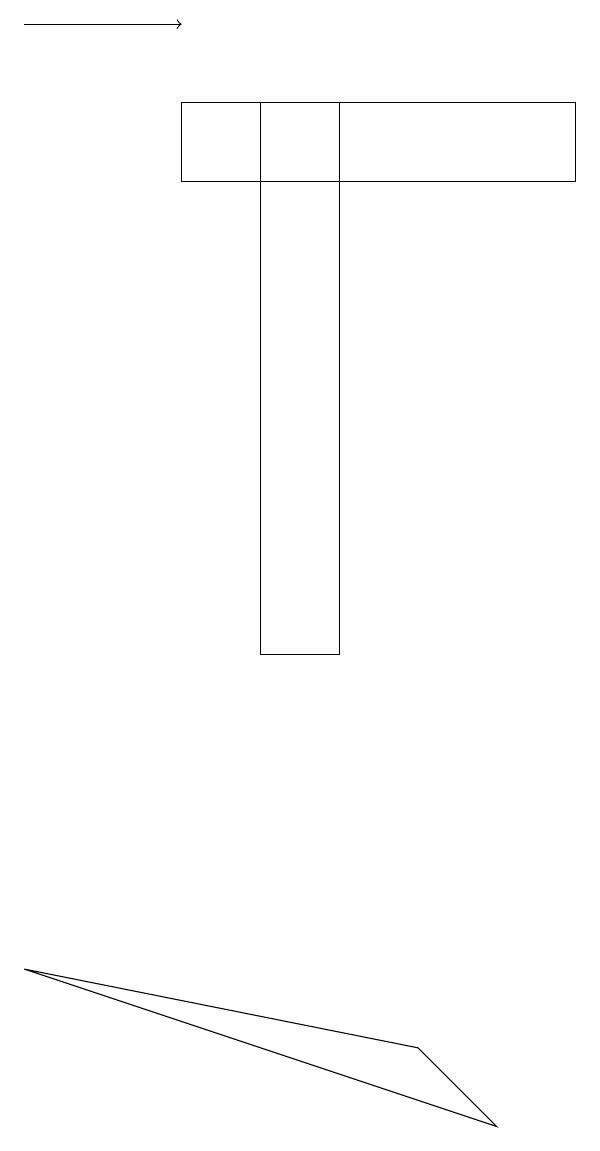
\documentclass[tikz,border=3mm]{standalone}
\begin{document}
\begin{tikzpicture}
\draw (7,17) rectangle (2,18);
\draw (4,18) rectangle (3,11);
\draw[->] (0,19) -- (2,19);
\draw (5,6) -- (0,7) -- (6,5) -- cycle;
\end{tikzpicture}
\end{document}